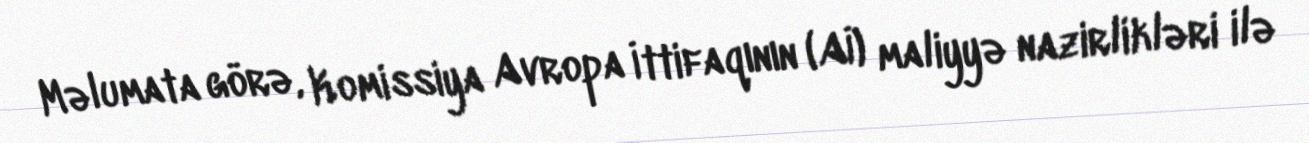
Məlumata görə, Komissiya Avropa İttifaqının (Aİ) maliyyə nazirlikləri ilə